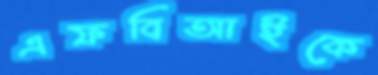
এফবিআইকে